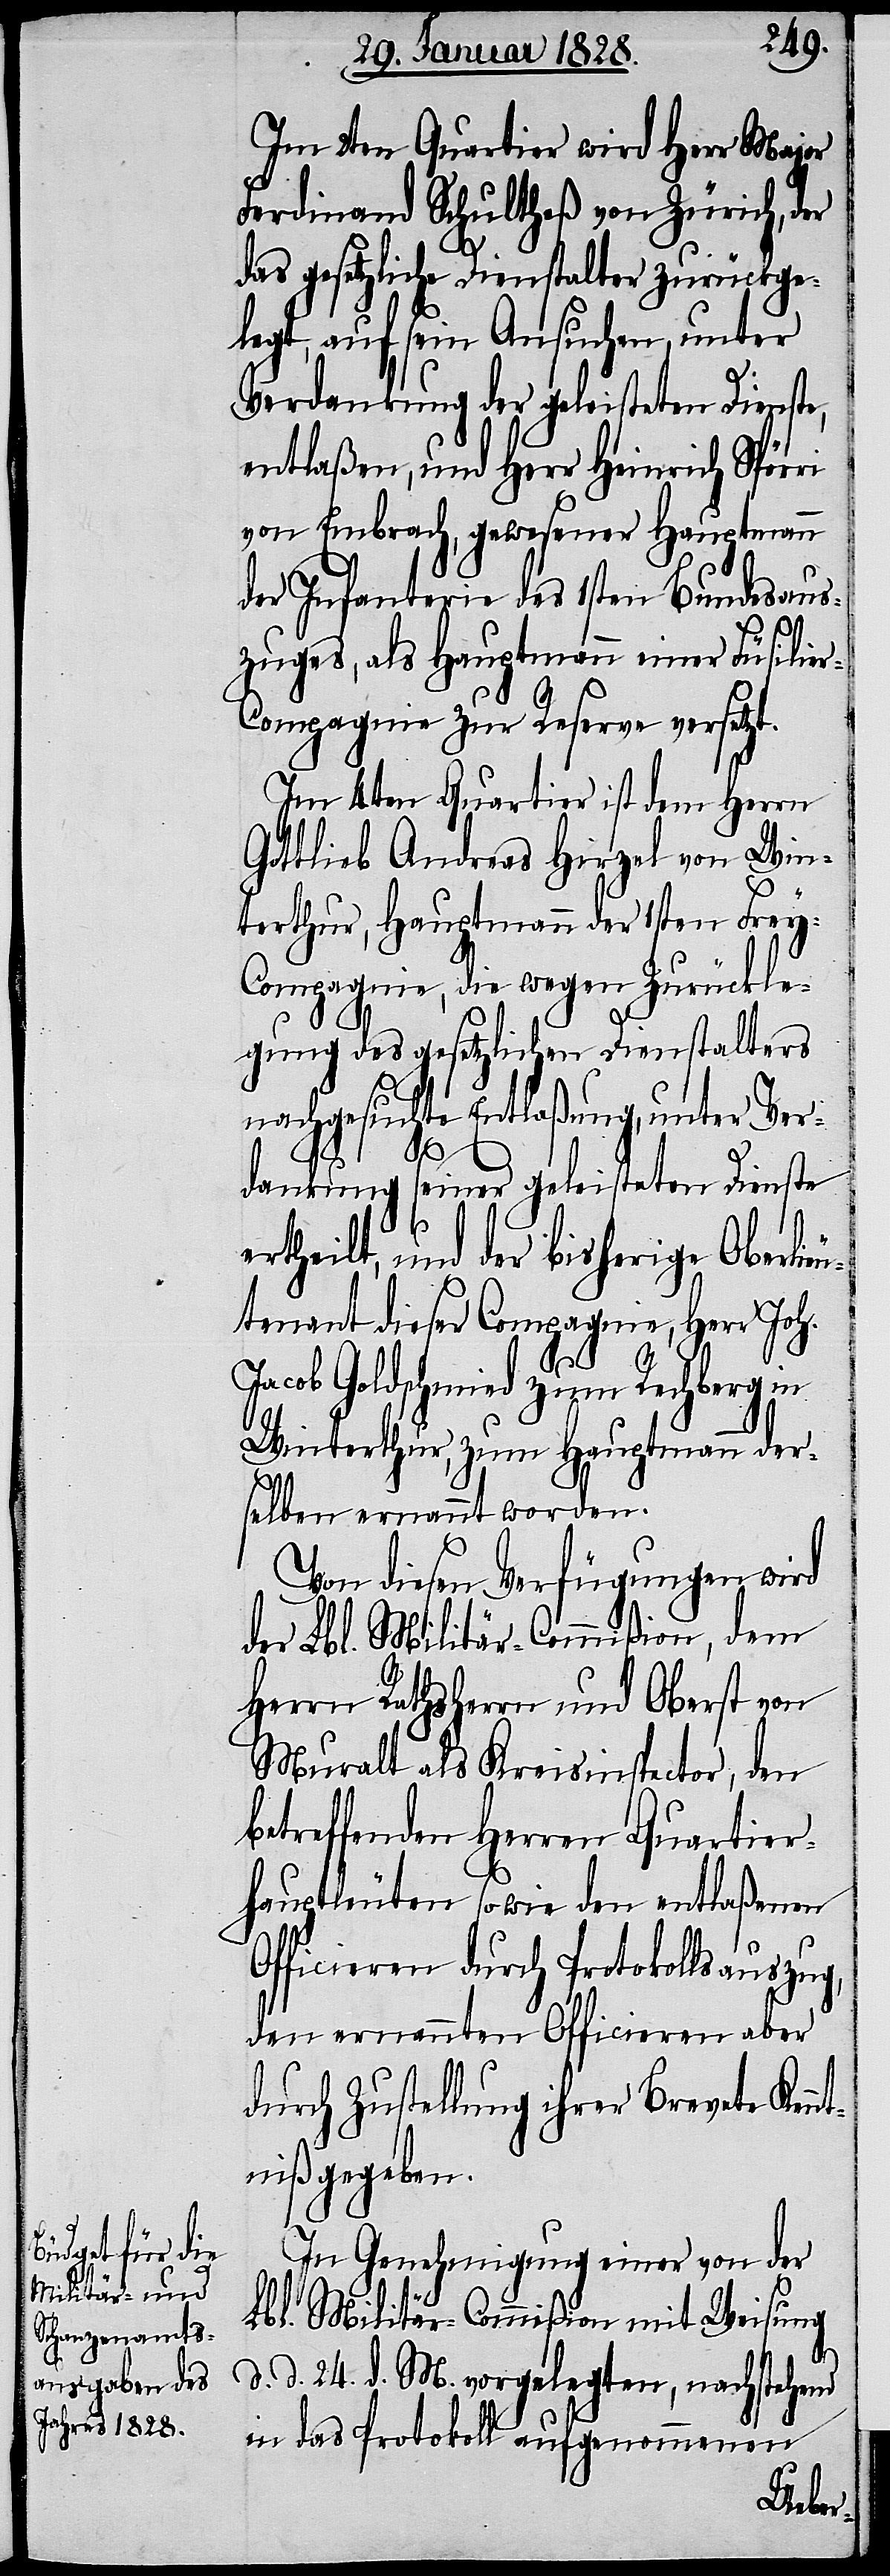
Im 2ten Quartier wird Herr Major
Ferdinand Schultheß von Zürich, der
das gesetzliche Dienstalter zurückge¬
legt, auf sein Ansuchen, unter
Verdankung der geleisteten Dienste,
entlaßen und Herr Heinrich Spörri
von Embrach, gewesener Hauptmann
der Infanterie des 1sten Bundesaus¬
zuges, als Hauptmann einer Füsilie¬
r-Compagnie zur Reserve versetzt.
Im 4ten Quartier ist dem Herrn
Gottlieb Andreas Hirzel von Win¬
terthur, Hauptmann der 1sten Frey-C¬
ompagnie, die wegen Zurückle¬
gung des gesetzlichen Dienstalters
nachgesuchte Entlaßung, unter Ver¬
dankung seiner geleisteten Dienste
ertheilt, und der bisherige Oberlieu¬
tenant dieser Compagnie, Herr Joh.
Jacob Goldschmied zum Rechberg in
Winterthur, zum Hauptmann der¬
selben ernannt worden.
Von diesen Verfügungen wird
der Lbl. Militär-Commißion, dem
Herrn Rathsherrn und Oberst von
Muralt als Kreisinspector, den
betreffenden Herren Quartier¬
hauptleuten so wie den entlaßenen
Officieren durch Protokollsauszug,
den ernannten Officieren aber
durch Zustellung ihrer Brevets Kenn¬
tniß gegeben.
In Genehmigung einer von der
Lbl. Militär-Commißion mit Weisung
d. d. 24. d. M. vorgelegten, nachstehend
in das Protokoll aufgenommenen